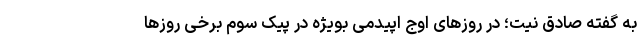
به گفته صادق نیت؛ در روزهای اوج اپیدمی بویژه در پیک سوم برخی روزها